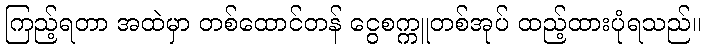
ကြည့်ရတာ အထဲမှာ တစ်ထောင်တန် ငွေစက္ကူတစ်အုပ် ထည့်ထားပုံရသည်။